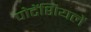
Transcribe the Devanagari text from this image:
पोटेंशियलें